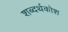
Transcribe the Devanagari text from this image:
शब्दर्थकोश